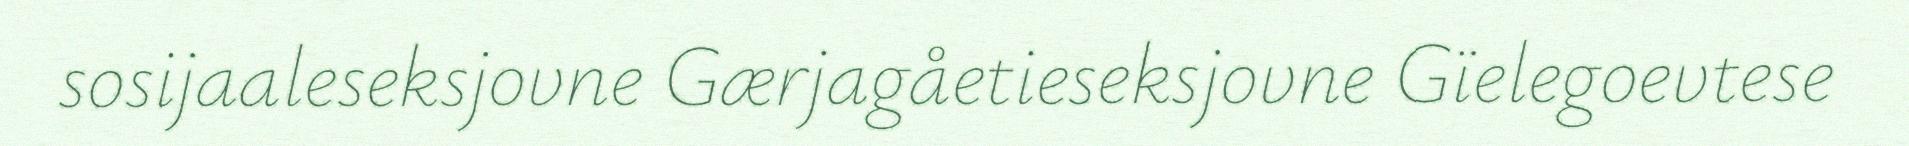
sosijaaleseksjovne Gærjagåetieseksjovne ​Gïelegoevtese